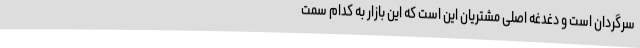
سرگردان است و دغدغه اصلی مشتریان این است که این بازار به کدام سمت